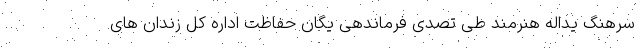
سرهنگ یداله هنرمند طی تصدی فرماندهی یگان حفاظت اداره کل زندان های